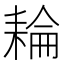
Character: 耣